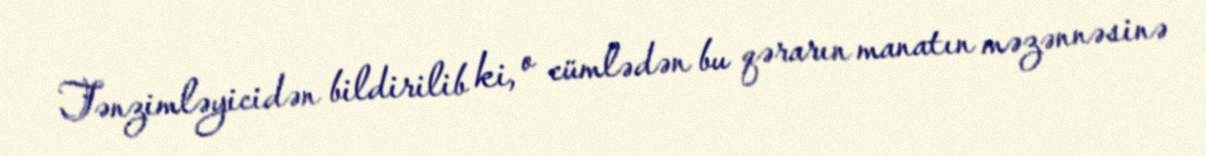
Tənzimləyicidən bildirilib ki, o cümlədən bu qərarın manatın məzənnəsinə